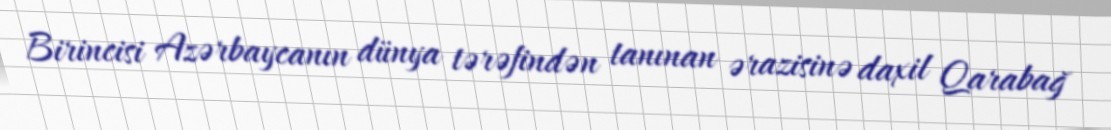
Birincisi Azərbaycanın dünya tərəfindən tanınan ərazisinə daxil Qarabağ